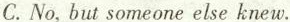
C. No, but someone else knew.